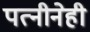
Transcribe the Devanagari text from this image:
पत्नीनेही